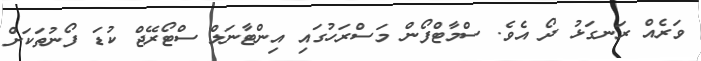
ވަރެއް ރަނގަޅު ދޯ އެވެ. ސްމާޓްފޯން މަސްރަހުގައި އިންޓާނަލް ސްޓޯރޭޖް ކުޑަ ފޯނުތަކަށް